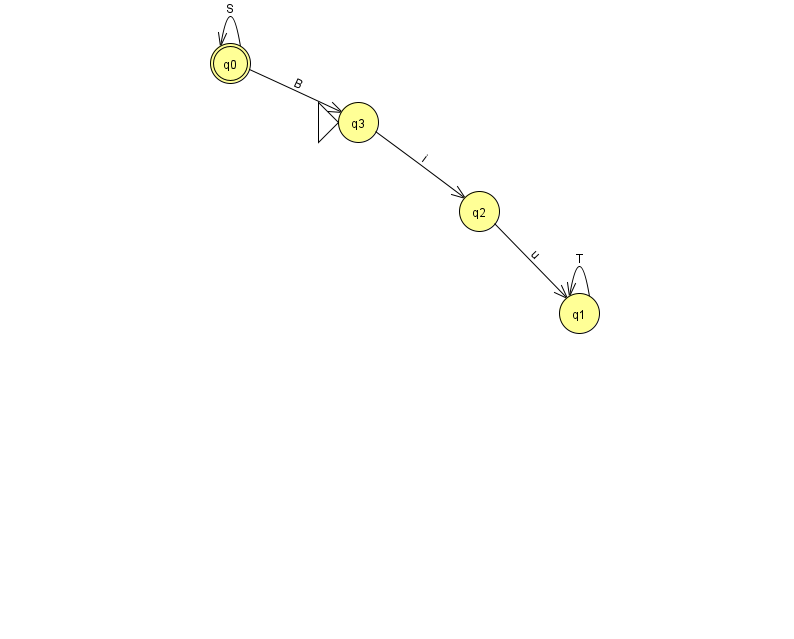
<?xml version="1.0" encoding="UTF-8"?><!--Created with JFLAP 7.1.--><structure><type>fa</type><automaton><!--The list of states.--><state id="0" name="q0"><x>230.0</x><y>50.0</y><final/></state><state id="1" name="q1"><x>579.0</x><y>300.0</y></state><state id="2" name="q2"><x>479.0</x><y>198.0</y></state><state id="3" name="q3"><x>358.0</x><y>109.0</y><initial/></state><!--The list of transitions.--><transition><from>0</from><to>0</to><read>S</read></transition><transition><from>1</from><to>1</to><read>T</read></transition><transition><from>3</from><to>2</to><read>i</read></transition><transition><from>0</from><to>3</to><read>B</read></transition><transition><from>2</from><to>1</to><read>u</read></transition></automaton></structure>